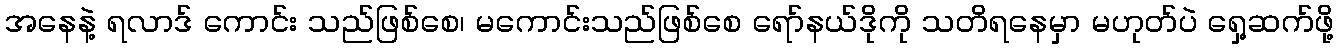
အနေနဲ့ ရလာဒ် ကောင်း သည်ဖြစ်စေ၊ မကောင်းသည်ဖြစ်စေ ရော်နယ်ဒိုကို သတိရနေမှာ မဟုတ်ပဲ ရှေ့ဆက်ဖို့